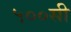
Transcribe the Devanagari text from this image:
५००सी